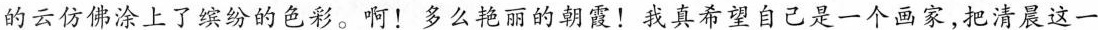
的云仿佛涂上了缤纷的色彩。啊！多么艳丽的朝霞！我真希望自己是一个画家，把清晨这一